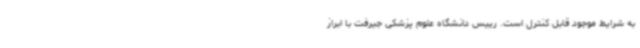
به شرایط موجود قابل کنترل است. رییس دانشگاه علوم پزشکی جیرفت با ابراز